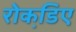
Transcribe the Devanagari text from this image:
रोकडि़ए